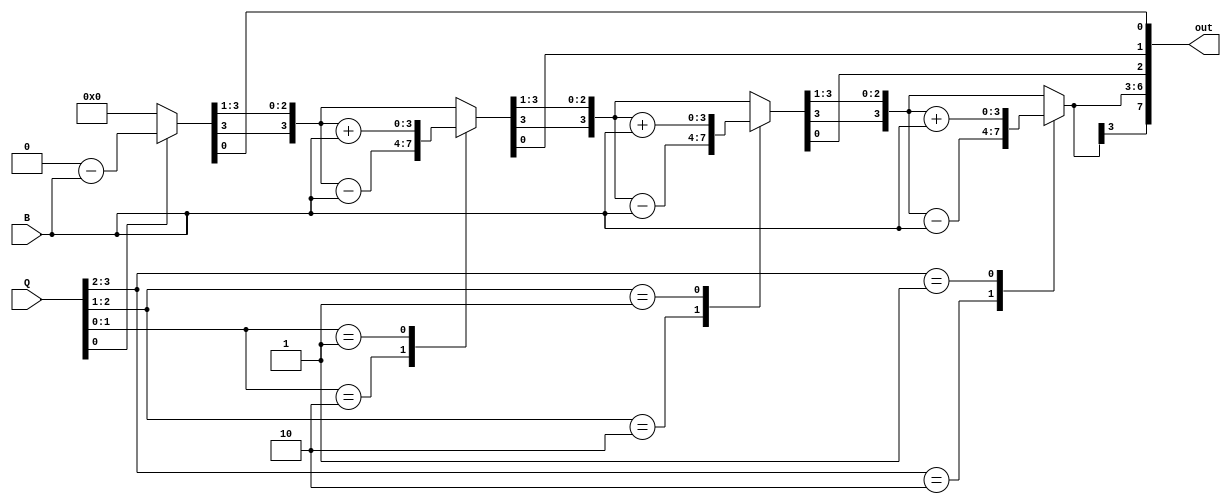
// Booth - Multiplier

module boothMultiplier #(parameter N = 4)(
	input [N-1:0]B,Q,
	output [2*N-1:0]out
);

reg [2*N:0]temp;
integer i;

always@(B or Q)begin	
	temp = {{N{1'b0}},Q,1'b0};
	
	for(i = 0; i < N; i=i+1)begin
		case(temp[1:0])
			2'b10:begin
				temp[2*N:N+1] = temp[2*N:N+1] - B;
			end
			
			2'b01:begin
				temp[2*N:N+1] = temp[2*N:N+1] + B;
			end
		endcase
		
		temp = temp >> 1;
		temp[2*N] = temp[2*N-1];
	end
end
assign out = temp[2*N:1];
endmodule